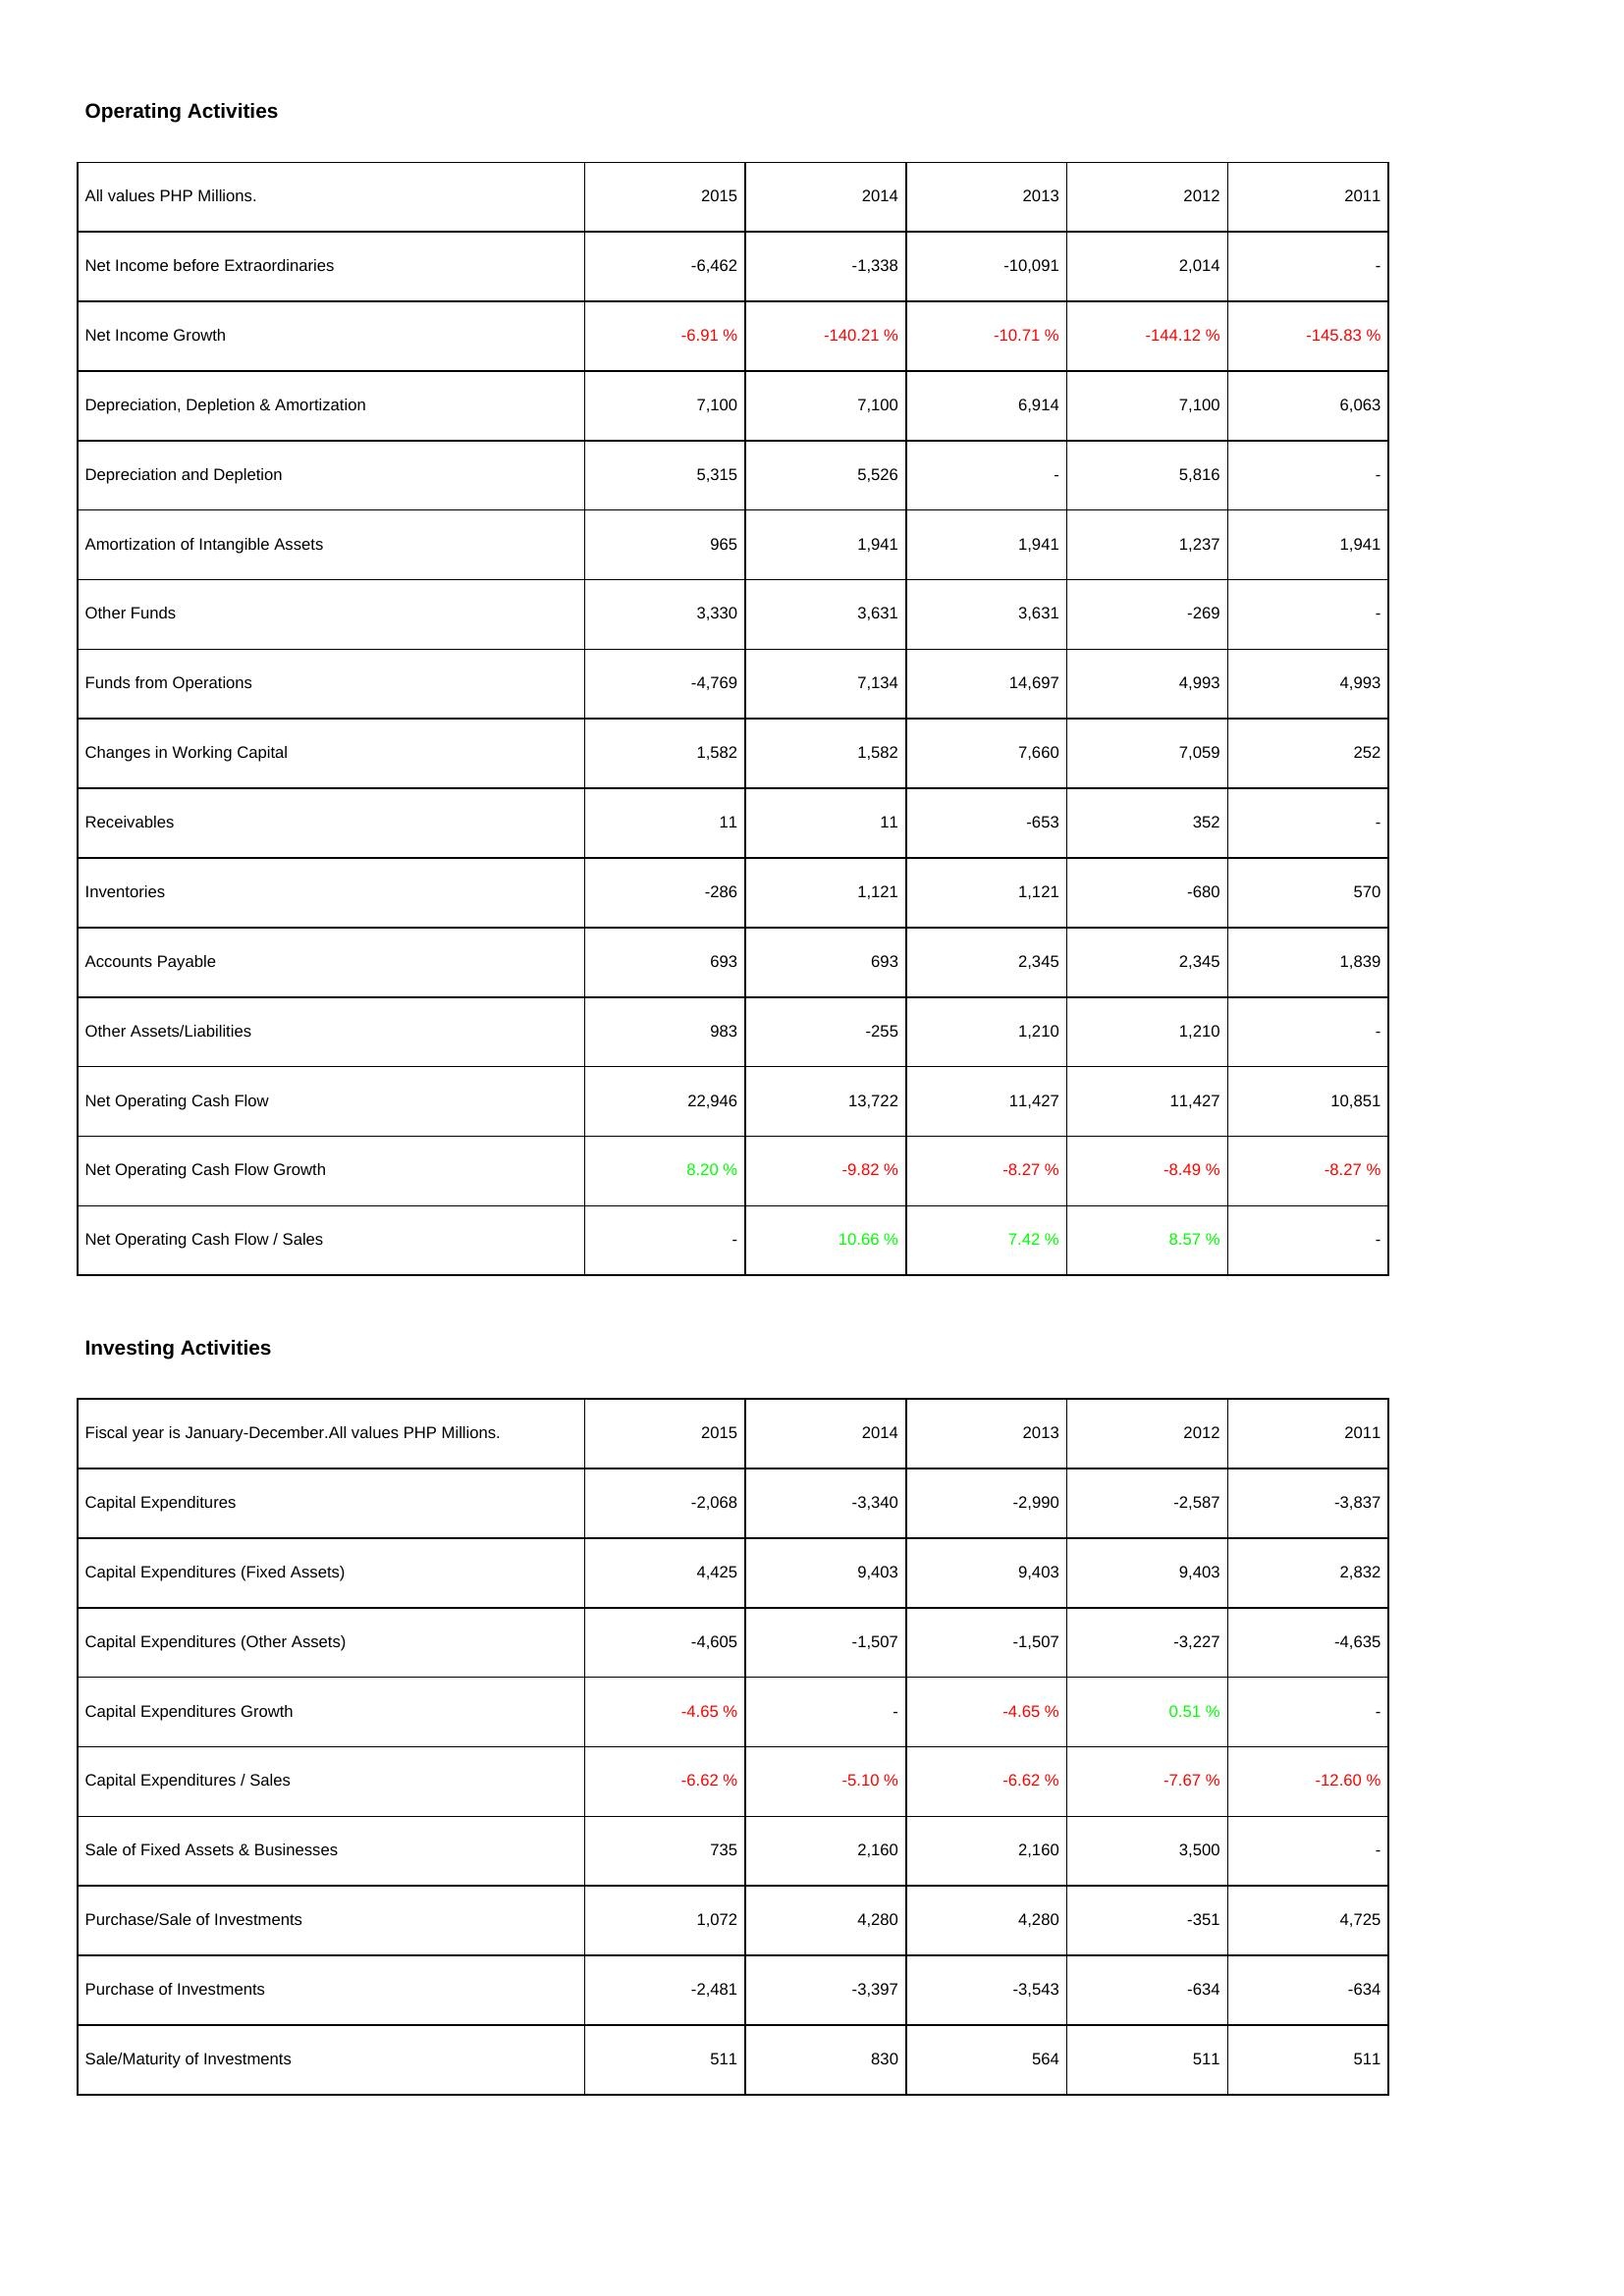
2015: Operating Activities: Net Income before Extraordinaries: -6,462
Net Income Growth: -6.91 %
Depreciation, Depletion & Amortization: 7,100
Depreciation and Depletion: 5,315
Amortization of Intangible Assets: 965
Other Funds: 3,330
Funds from Operations: -4,769
Changes in Working Capital: 1,582
Receivables: 11
Inventories: -286
Accounts Payable: 693
Other Assets/Liabilities: 983
Net Operating Cash Flow: 22,946
Net Operating Cash Flow Growth: 8.20 %
Net Operating Cash Flow / Sales: -
Investing Activities: Capital Expenditures: -2,068
Capital Expenditures (Fixed Assets): 4,425
Capital Expenditures (Other Assets): -4,605
Capital Expenditures Growth: -4.65 %
Capital Expenditures / Sales: -6.62 %
Sale of Fixed Assets & Businesses: 735
Purchase/Sale of Investments: 1,072
Purchase of Investments: -2,481
Sale/Maturity of Investments: 511
2014: Operating Activities: Net Income before Extraordinaries: -1,338
Net Income Growth: -140.21 %
Depreciation, Depletion & Amortization: 7,100
Depreciation and Depletion: 5,526
Amortization of Intangible Assets: 1,941
Other Funds: 3,631
Funds from Operations: 7,134
Changes in Working Capital: 1,582
Receivables: 11
Inventories: 1,121
Accounts Payable: 693
Other Assets/Liabilities: -255
Net Operating Cash Flow: 13,722
Net Operating Cash Flow Growth: -9.82 %
Net Operating Cash Flow / Sales: 10.66 %
Investing Activities: Capital Expenditures: -3,340
Capital Expenditures (Fixed Assets): 9,403
Capital Expenditures (Other Assets): -1,507
Capital Expenditures Growth: -
Capital Expenditures / Sales: -5.10 %
Sale of Fixed Assets & Businesses: 2,160
Purchase/Sale of Investments: 4,280
Purchase of Investments: -3,397
Sale/Maturity of Investments: 830
2013: Operating Activities: Net Income before Extraordinaries: -10,091
Net Income Growth: -10.71 %
Depreciation, Depletion & Amortization: 6,914
Depreciation and Depletion: -
Amortization of Intangible Assets: 1,941
Other Funds: 3,631
Funds from Operations: 14,697
Changes in Working Capital: 7,660
Receivables: -653
Inventories: 1,121
Accounts Payable: 2,345
Other Assets/Liabilities: 1,210
Net Operating Cash Flow: 11,427
Net Operating Cash Flow Growth: -8.27 %
Net Operating Cash Flow / Sales: 7.42 %
Investing Activities: Capital Expenditures: -2,990
Capital Expenditures (Fixed Assets): 9,403
Capital Expenditures (Other Assets): -1,507
Capital Expenditures Growth: -4.65 %
Capital Expenditures / Sales: -6.62 %
Sale of Fixed Assets & Businesses: 2,160
Purchase/Sale of Investments: 4,280
Purchase of Investments: -3,543
Sale/Maturity of Investments: 564
2012: Operating Activities: Net Income before Extraordinaries: 2,014
Net Income Growth: -144.12 %
Depreciation, Depletion & Amortization: 7,100
Depreciation and Depletion: 5,816
Amortization of Intangible Assets: 1,237
Other Funds: -269
Funds from Operations: 4,993
Changes in Working Capital: 7,059
Receivables: 352
Inventories: -680
Accounts Payable: 2,345
Other Assets/Liabilities: 1,210
Net Operating Cash Flow: 11,427
Net Operating Cash Flow Growth: -8.49 %
Net Operating Cash Flow / Sales: 8.57 %
Investing Activities: Capital Expenditures: -2,587
Capital Expenditures (Fixed Assets): 9,403
Capital Expenditures (Other Assets): -3,227
Capital Expenditures Growth: 0.51 %
Capital Expenditures / Sales: -7.67 %
Sale of Fixed Assets & Businesses: 3,500
Purchase/Sale of Investments: -351
Purchase of Investments: -634
Sale/Maturity of Investments: 511
2011: Operating Activities: Net Income before Extraordinaries: -
Net Income Growth: -145.83 %
Depreciation, Depletion & Amortization: 6,063
Depreciation and Depletion: -
Amortization of Intangible Assets: 1,941
Other Funds: -
Funds from Operations: 4,993
Changes in Working Capital: 252
Receivables: -
Inventories: 570
Accounts Payable: 1,839
Other Assets/Liabilities: -
Net Operating Cash Flow: 10,851
Net Operating Cash Flow Growth: -8.27 %
Net Operating Cash Flow / Sales: -
Investing Activities: Capital Expenditures: -3,837
Capital Expenditures (Fixed Assets): 2,832
Capital Expenditures (Other Assets): -4,635
Capital Expenditures Growth: -
Capital Expenditures / Sales: -12.60 %
Sale of Fixed Assets & Businesses: -
Purchase/Sale of Investments: 4,725
Purchase of Investments: -634
Sale/Maturity of Investments: 511